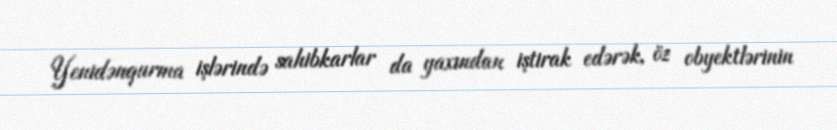
Yenidənqurma işlərində sahibkarlar da yaxından iştirak edərək, öz obyektlərinin